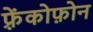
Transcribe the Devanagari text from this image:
फ़्रेंकोफ़ोन